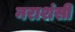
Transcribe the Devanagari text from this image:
नराशंसी